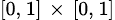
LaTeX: \scriptstyle[0,\, 1]\; \times\; [0,\, 1]